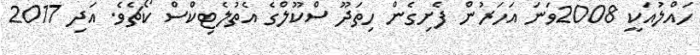
ހައްލުއަކީ 2008ވަނަ އަހަރުން ފެށިގެން ހިތަދޫ ސްކޫލްގެ އެތުލެޓިކްސް ކޯޗެވެ. އަދި 2017